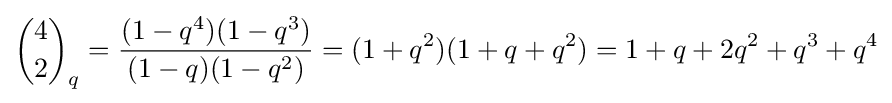
{4 \choose 2}_{q}={\frac {(1-q^{4})(1-q^{3})}{(1-q)(1-q^{2})}}=(1+q^{2})(1+q+q^{2})=1+q+2q^{2}+q^{3}+q^{4}